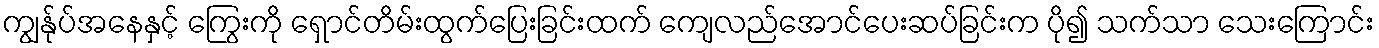
ကျွန်ုပ်အနေနှင့် ကြွေးကို ရှောင်တိမ်းထွက်ပြေးခြင်းထက် ကျေလည်အောင်ပေးဆပ်ခြင်းက ပို၍ သက်သာ သေးကြောင်း